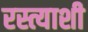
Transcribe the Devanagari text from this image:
रस्त्याशी